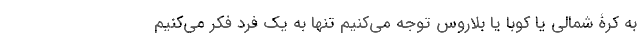
به کرۀ شمالی یا کوبا یا بلاروس توجه می­کنیم تنها به یک فرد فکر می­کنیم